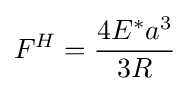
F^{H}={\frac {4E^{*}a^{3}}{3R}}